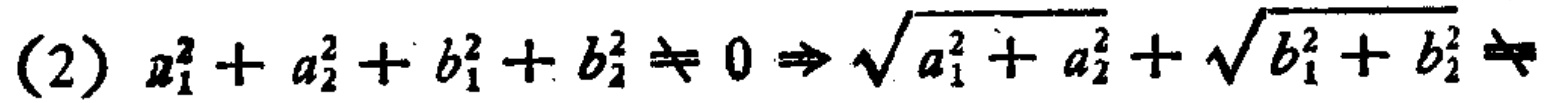
(2) $a_{1}^{2}+a_{2}^{2}+b_{1}^{2}+b_{2}^{2}\neq 0\Rightarrow\sqrt{a_{1}^{2}+a_{2}^{2}}+\sqrt{b_{1}^{2}+b_{2}^{2}}\neq$